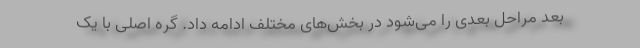
بعد مراحل بعدی را می‌شود در بخش‌های مختلف ادامه داد. گره اصلی با یک